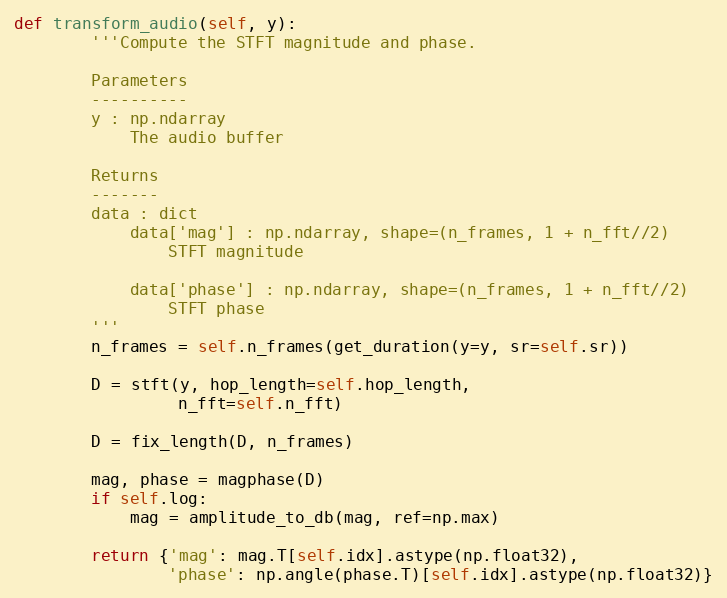
Language: Python
def transform_audio(self, y):
        '''Compute the STFT magnitude and phase.

        Parameters
        ----------
        y : np.ndarray
            The audio buffer

        Returns
        -------
        data : dict
            data['mag'] : np.ndarray, shape=(n_frames, 1 + n_fft//2)
                STFT magnitude

            data['phase'] : np.ndarray, shape=(n_frames, 1 + n_fft//2)
                STFT phase
        '''
        n_frames = self.n_frames(get_duration(y=y, sr=self.sr))

        D = stft(y, hop_length=self.hop_length,
                 n_fft=self.n_fft)

        D = fix_length(D, n_frames)

        mag, phase = magphase(D)
        if self.log:
            mag = amplitude_to_db(mag, ref=np.max)

        return {'mag': mag.T[self.idx].astype(np.float32),
                'phase': np.angle(phase.T)[self.idx].astype(np.float32)}